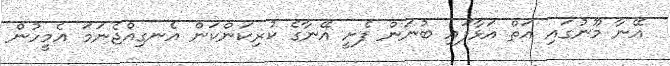
އޭނާ މޫނުގައި އަތް އަޅާފައި ބުނަން ފެށީ އޭނާގެ ކުރިކަންކަން އެނގިއްޖެނަމަ އެމީހުން